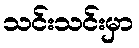
သင်းသင်းမှာ